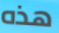
هذه